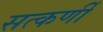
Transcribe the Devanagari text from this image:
सत्कर्णी